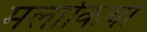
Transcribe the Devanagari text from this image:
मलाकिया